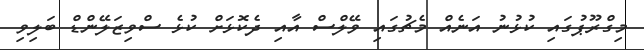
މިގްރޫޕުގައި ކުޅުނު އަނެއް މެޗުގައި ވޭލްސް އާއި ދެކޮޅަށް ކުޅެ ސްވިޒަލޭންޑް ބަލިވި